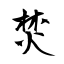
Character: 焚